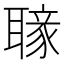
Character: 𦗐